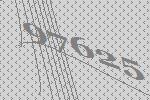
97625